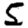
Digit: 5